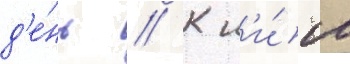
д'е́нь // К н'и́м